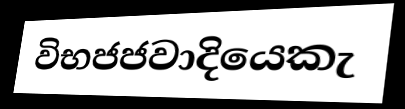
විභජජවාදියෙකැ